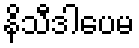
နိသီဒါပေမ